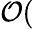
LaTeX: \mathcal{O}(